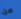
من